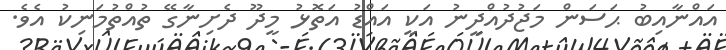
އައްނާއިބު ޙަސަން މަޖުދުއްދީނު އަކީ އައްޑު އަތޮޅު މީދޫ ދެށިނާގޭ ތުއްތުމަނިކު އެވެ.